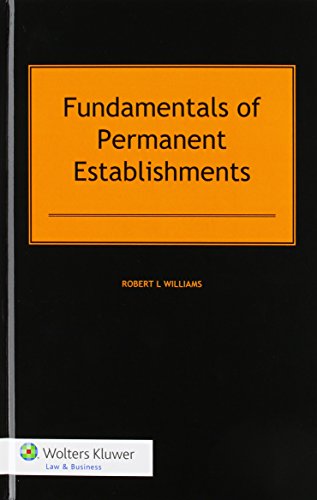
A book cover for Fundamentals of Permanent Establishments; Robert Williams; Law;